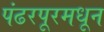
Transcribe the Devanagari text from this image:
पंढरपूरमधून